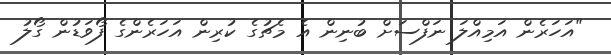
"އަހަރެން އަމިއްލަ ނަފްސަށް ބުނިން އެ މެޗުގެ ކުރިން އަހަރެންގެ ފޯވަޑުން ގޯލު